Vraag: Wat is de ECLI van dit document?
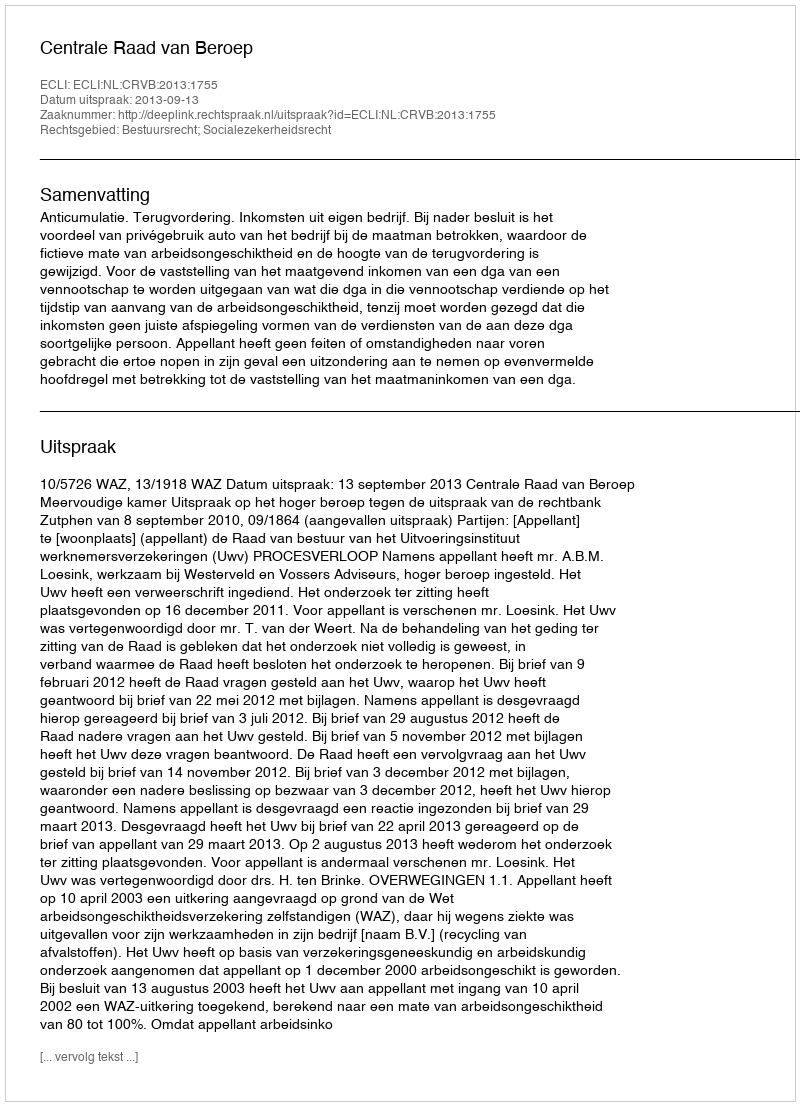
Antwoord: ECLI:NL:CRVB:2013:1755